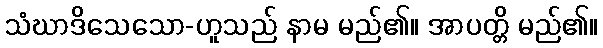
သံဃာဒိသေသော-ဟူသည် နာမ မည်၏။ အာပတ္တိ မည်၏။